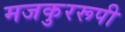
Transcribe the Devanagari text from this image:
मजकुररूपी